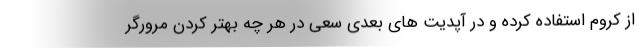
از کروم استفاده کرده و در آپدیت های بعدی سعی در هر چه بهتر کردن مرورگر